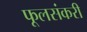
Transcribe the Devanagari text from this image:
फूलसंकरी